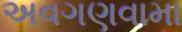
અવગણવામા